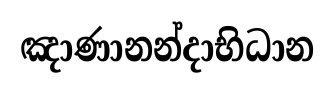
ඤාණානන්දාභිධාන